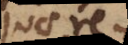
quae per